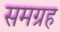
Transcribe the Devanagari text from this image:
समग्रह